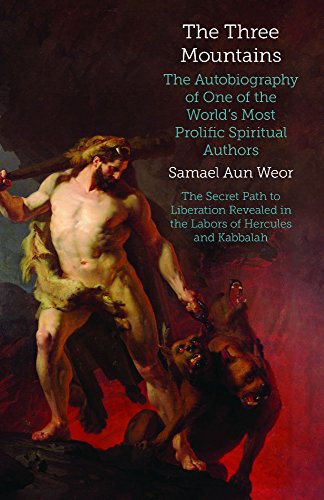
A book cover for The Three Mountains: The Autobiography of One of the World's Most Prolific Spiritual Authors (Timeless Gnostic Wisdom); Samael Aun Weor; Christian Books & Bibles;